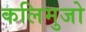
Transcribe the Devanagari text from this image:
कलिमुजो